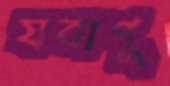
যবাগূ